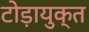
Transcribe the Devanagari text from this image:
टोड़ायुक्त